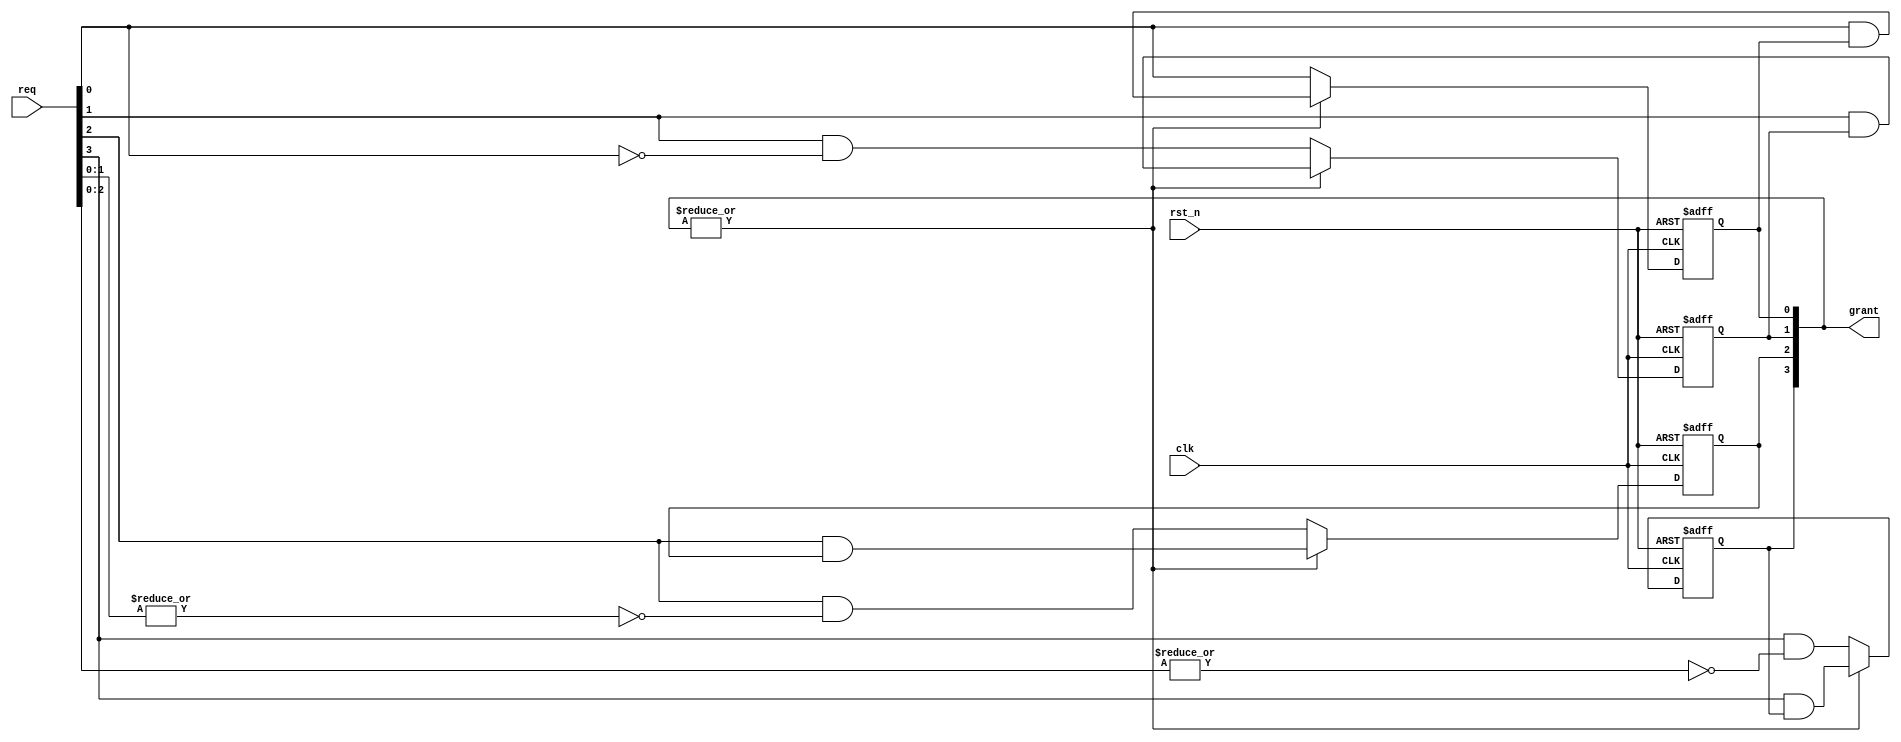
//-------------------------------------------
//Website : https://nguyenquanicd.blogspot.com/
//Function: Non-absolute Fixed priority Arbiter
//  - req[0] has highest priority
//  - High request can only occupy grant of lower request
//    when the current grant is completed
//-------------------------------------------
module ArbFixedPriorityNAbs (
  clk,
  rst_n,
  req,
  grant
  );
  parameter REQ_NUM = 4;
  //
  input  clk;
  input  rst_n;
  input  [REQ_NUM-1:0] req;
  output reg [REQ_NUM-1:0] grant;
  //
  wire noGrant;
  assign noGrant = ~|grant[REQ_NUM-1:0];
  //
  generate
    genvar i;
	//For req[0]
	  always @ (posedge clk, negedge rst_n) begin
      if (~rst_n)
	      grant[0] <= 1'b0;
	    else if (noGrant)
	      grant[0] <= req[0]; //highest priority, do not care other requests
      else
        grant[0] <= req[0] & grant[0];
    end
	//For req[REQ_NUM-1:1]
	  for (i = 1; i < REQ_NUM; i=i+1) begin: uGrant
      always @ (posedge clk, negedge rst_n) begin
        if (~rst_n)
	        grant[i] <= 1'b0;
	      else if (noGrant)
	        grant[i] <= req[i] & ~|req[i-1:0]; //low priority, must care higher priority
        else
          grant[i] <= req[i] & grant[i];
      end
	  end //for loop
  endgenerate
  //
endmodule //ArbFixedPriorityNAbs